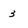
Character: 3